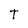
Character: T